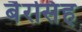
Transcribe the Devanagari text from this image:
बैरसिंह